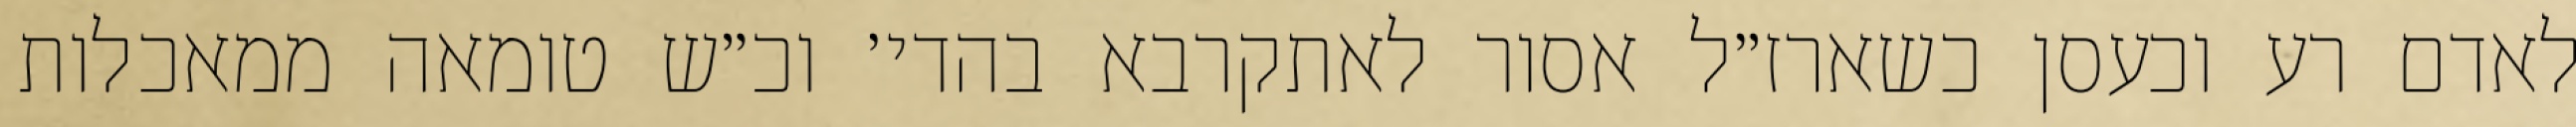
לאדם רע וכעסן כשארז״ל אסור לאתקרבא בהדי׳ וכ״ש טומאה ממאכלות